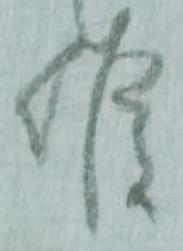
候